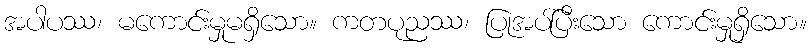
အပါပဿ၊ မကောင်းမှုမရှိသော။ ကတပုညဿ၊ ပြုအပ်ပြီးသော ကောင်းမှုရှိသော။